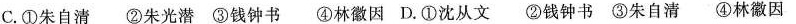
C.①朱自清 ②朱光潜 ③钱钟书 ④林徽因D.①沈从文 ②钱钟书 ③朱自清 ④林徽因